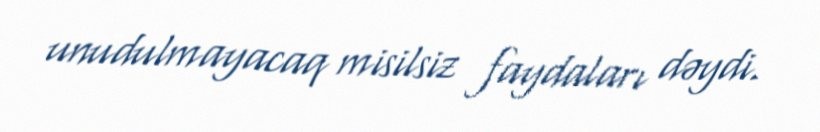
unudulmayacaq misilsiz faydaları dəydi.